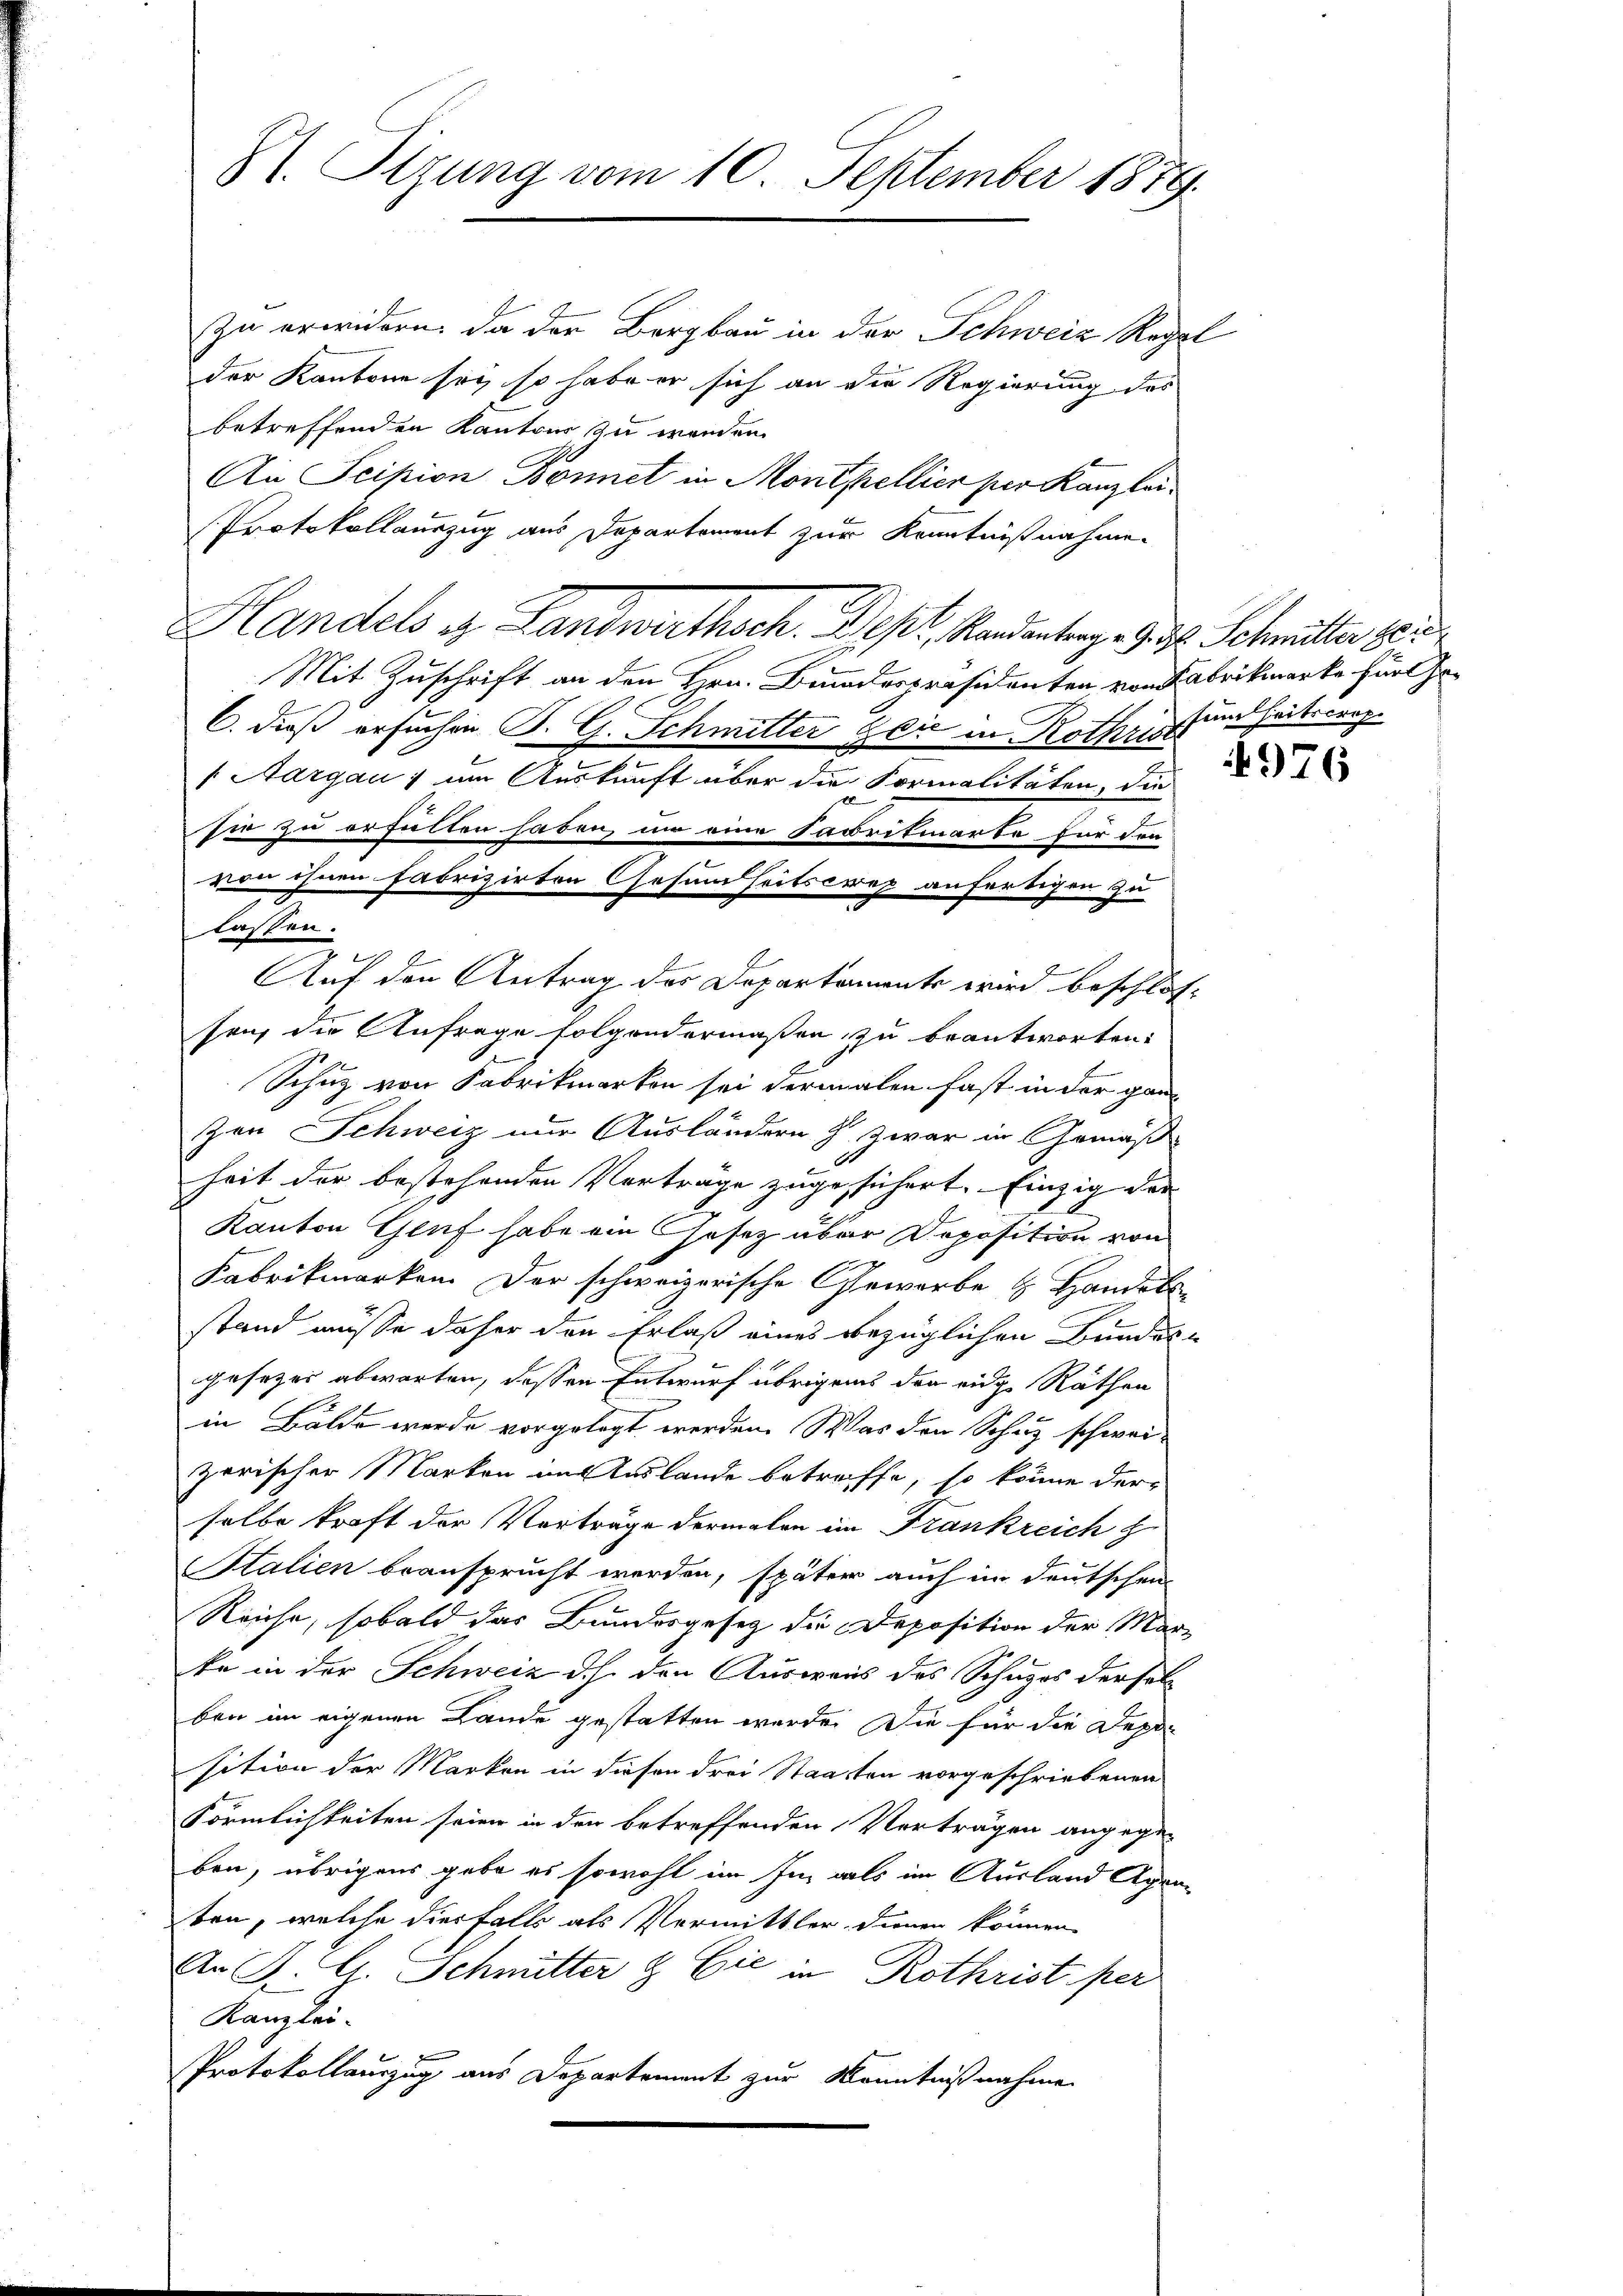
St. Sitzung vom 10. September 1879.

Zu erwidern, da der Bergbau in der Schweiz Regel
der Kantone sey, so habe er sich an die Regierung des
betreffenden Kantons zu werden
An Scipion Bonnet in Montellien per Kanzlei.
Protokollauszug aus Departement zur Kenntnißnahme
Handels u. Landwirthsch. Depl. Kandentrage Ges. Schmitter heu
Mit Zuschrift an den Hrn. Bruederpräsidenten von Fabrikmarke für Jo¬
C. dieß ersuchen B. G. Schmitter Zeić in Rothris
1 Aargau) um Auskunft über die Formalitäten die
sie zu erfallen haben, um eine Fabrikmarke für den
von ihnen fabrizirten Gesundheitscrep anfertigen zu
lassen.
Auf den Antrag des Departaments wird beschlos-
sah die Anfrage folgendermaßen, zu beantworten:
Schutz von Fabrikmarken sei dermalen fast in der ganz
zen Schweiz nur Ausländern s. zwar in Gemäß
heit der bestehenden Verträge zugesichert. Einzig der
Kanton Gluf habe ein Gesetz über Deposition von
Fabrikmarken. Der schweizerische Gewerbe  Handels
stand müsse daher den Erlaß eines bezüglichen Bundes-
gesetzes abwarten, dessen Entwurf übrigens der eidg. Räthen
in Balde werde vorgelegt werden. Was den Schutz schwei-
zerischer Marken im Auslande betreffe, so könne der
selbe kraft der Vorträge dermalen im Frankreich h
Stalien beansprucht werden, später auch im deutschen
Reiche, sobald das Bundesgesetz die Deposition der Marke in der Schweiz dch den Ausweis des Schuzes derselben im eigenen Lande gestatten werde. Die für die Dep
sition der Marken in diesen drei Staaten vorgeschriebenen
Förmlichkeiten seien in den betreffenden Verträgen angege-
ben, übrigens gebe es sowohl im Im als im Ausland Agraten, welche diesfalls als Vermittler dienen können
An J. G. Schmitter & Cie in Rothrist per
Kanzlei-
Protokollauszug aus Departement zur Kenntnißnahme

sundheitscrop.